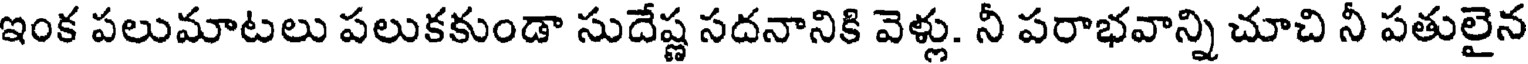
ఇంక పలుమాటలు పలుకకుండా సుదేష్ణ సదనానికి వెళ్లు. నీ పరాభవాన్ని చూచి నీ పతులైన